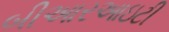
બીઆરઆઇટી